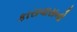
કારાવાસનો